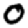
Digit: 0